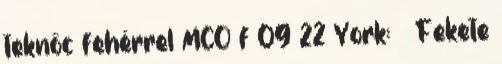
teknőc fehérrel MCO f 09 22 York: ♂ Fekete